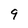
Character: 9